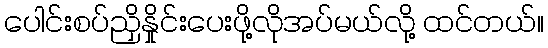
ပေါင်းစပ်ညှိနှိုင်းပေးဖို့လိုအပ်မယ်လို့ ထင်တယ်။